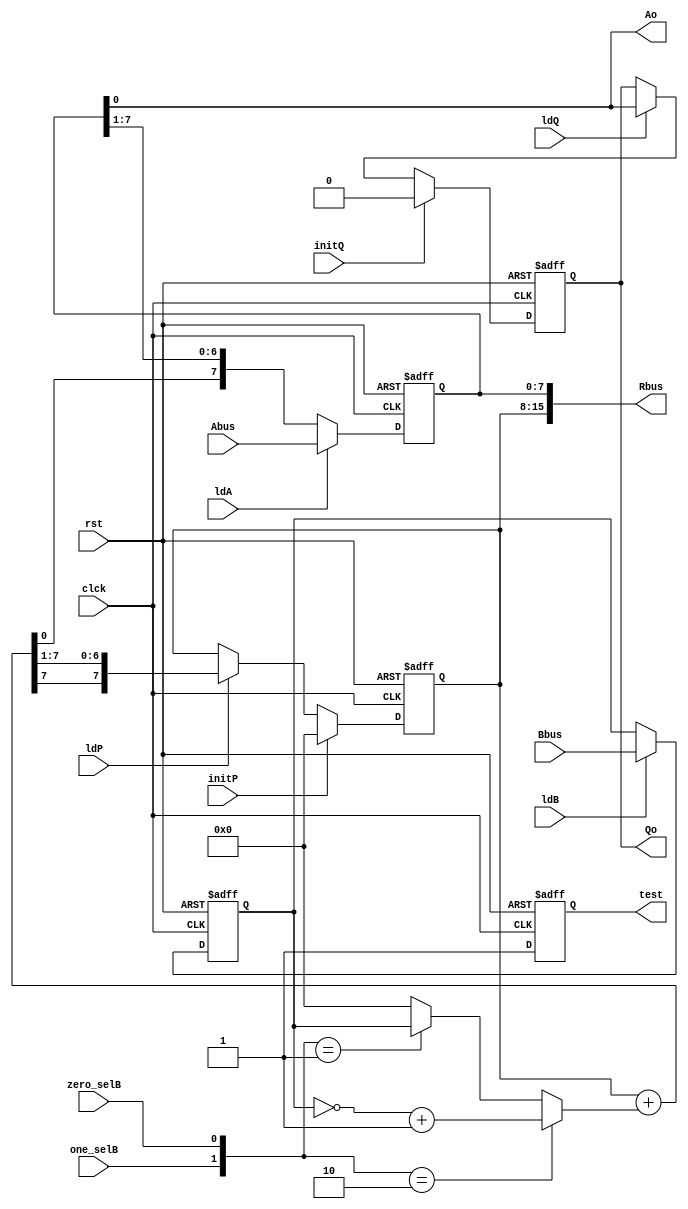
module mult_dp_one (input[7:0] Abus,Bbus,input initP,ldP,ldB,ldQ,initQ,ldA,one_selB,zero_selB,input clck,rst,output Qo,Ao,output[15:0]Rbus,output reg test);
reg[7:0] Areg,Breg,Preg;
reg Qreg;
wire [7:0] ADDbus,muxbus;
always @(posedge clck,posedge rst) begin
  test<=1;
if (rst)
  Preg<=8'b0;
  else if(initP)
    Preg<=8'b0;
  else if (ldP)
    Preg<={ADDbus[7],ADDbus[7:1]};
  end
    always @(posedge clck,posedge rst) begin
    if(rst) Breg<=8'b0;
    else if (ldB) Breg<=Bbus;
    end
    always @(posedge clck,posedge rst) begin
      if (rst)
        Areg<=8'b0;
 else if (ldA) Areg=Abus;
 else
  Areg<={ADDbus[0],Areg[7:1]};
end
always @(posedge clck,posedge rst) begin
 if(rst)
   Qreg<=1'b0;
 else if (initQ)
   Qreg<=1'b0;
 else if(ldQ)
   Qreg<=Areg[0];
 end

 assign muxbus=({one_selB,zero_selB}==2'b10)?(~Breg)+1:
 ({one_selB,zero_selB}==2'b01)? Breg:8'b0;
 assign ADDbus=Preg+muxbus;
 assign Ao=Areg[0];
 assign Qo=Qreg;
 assign Rbus={Preg,Areg};
 endmodule